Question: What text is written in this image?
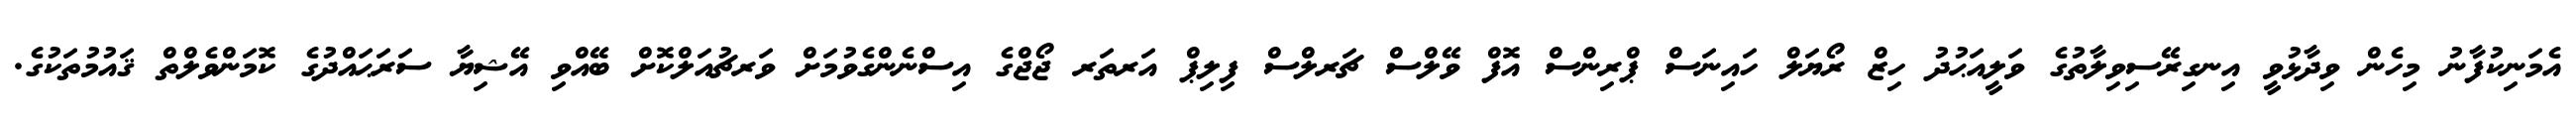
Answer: އެމަނިކުފާނު މިހެން ވިދާޅުވީ އިނގިރޭސިވިލާތުގެ ވަލީއަޙުދު ހިޒް ރޯޔަލް ހައިނަސް ޕްރިންސް އޮފް ވޭލްސް ޗަރލްސް ފިލިޕް އަރތަރ ޖޯޖްގެ އިސްނެންގެވުމަށް ވަރޗުއަލްކޮށް ބޭއްވި އޭޝިޔާ ސަރަޙައްދުގެ ކޮމަންވެލްތް ޤައުމުތަކުގެ.